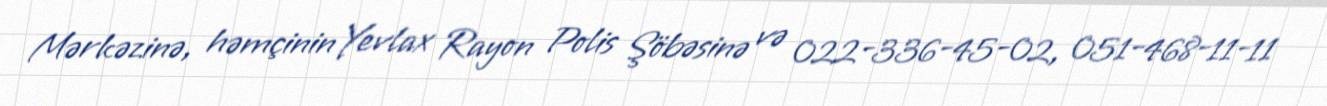
Mərkəzinə, həmçinin Yevlax Rayon Polis Şöbəsinə və 022-336-45-02, 051-468-11-11